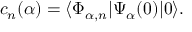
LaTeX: c _ { n } ( \alpha ) = \langle \Phi _ { \alpha , n } | \Psi _ { \alpha } ( 0 ) | 0 \rangle .